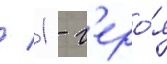
/ 1 - г'еро́я